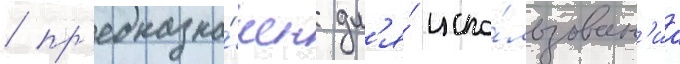
 пр'едназна́чен дл'я́ испо́льзован'иа